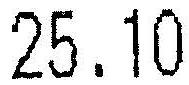
25.10